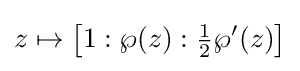
z\mapsto \left[1:\wp (z):{\tfrac {1}{2}}\wp '(z)\right]